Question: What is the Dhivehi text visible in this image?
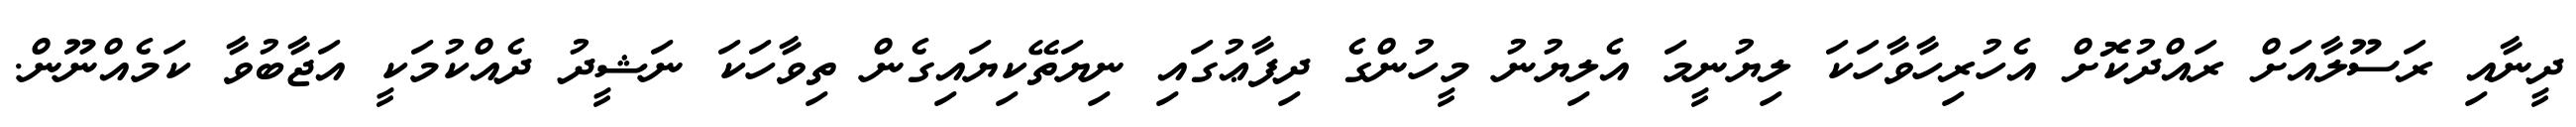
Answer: ދީނާއި ރަސޫލާއަށް ރައްދުކޮށް އެހުރިހާވާހަކަ ލިޔުނީމަ އެލިޔުނު މީހުންގެ ދިފާޢުގައި ނިޔަތޭކިޔައިގެން ތިވާހަކަ ނަޝީދު ދެއްކުމަކީ އަޖާބުވާ ކަމެއްނޫން.